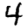
Digit: 4